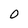
Character: 0